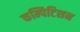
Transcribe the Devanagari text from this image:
कम्पिटिशन